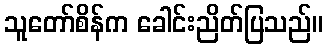
သူတော်စိန်က ခေါင်းညိတ်ပြသည်။